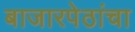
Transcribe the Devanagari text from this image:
बाजारपेठांचा